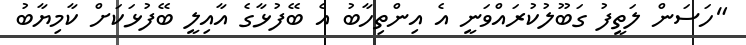
"ހަަސަން ލަތީފު ގަބޫލުކުރައްވަނީ އެ އިންތިހާބު އެ ބޭފުޅާގެ އާއިލީ ބޭފުޅަކަށް ކާމިޔާބު